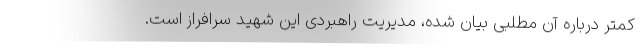
کمتر درباره آن مطلبی بیان شده، مدیریت راهبردی این شهید سرافراز است.